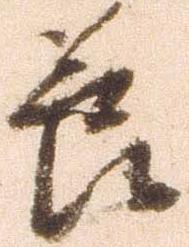
節